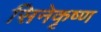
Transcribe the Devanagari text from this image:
सिनेकृष्ण